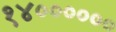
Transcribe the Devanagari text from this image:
१४००००००